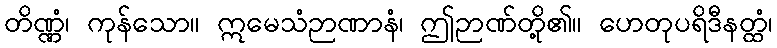
တိဏ္ဏံ၊ ကုန်သော။ ဣမေသံဉာဏာနံ၊ ဤဉာဏ်တို့၏။ ဟေတုပရိဒီနတ္ထံ၊